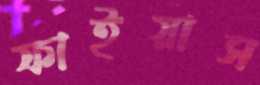
ফাইয়াস